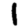
Digit: 1